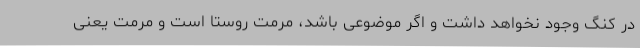
در کنگ وجود نخواهد داشت و اگر موضوعی باشد، مرمت روستا است و مرمت یعنی